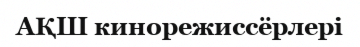
АҚШ кинорежиссёрлері